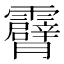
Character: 𮦾